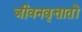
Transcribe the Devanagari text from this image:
जीवनवृत्तातों